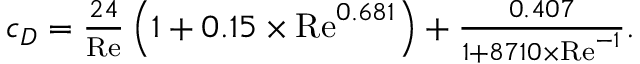
\begin{array} { r } { c _ { D } = \frac { 2 4 } { \mathrm { R e } } \left( 1 + 0 . 1 5 \times \mathrm { R e } ^ { 0 . 6 8 1 } \right) + \frac { 0 . 4 0 7 } { 1 + 8 7 1 0 \times \mathrm { R e } ^ { - 1 } } . } \end{array}